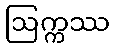
ဩက္ကဿ